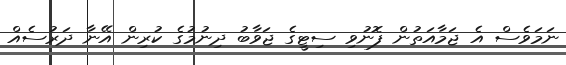
ނަމަވެސް އެ ޖަމާއަތުން ފޮނުވި ސިޓީގެ ޖަވާބު ދިނުމުގެ ކުރިން އޭނާ ދަރުސެއް